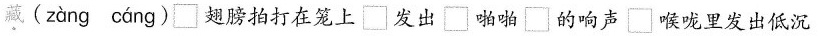
藏(zàng cáng)□翅膀拍打在笼上□发出啪啪□的响声喉咙里发出低沉